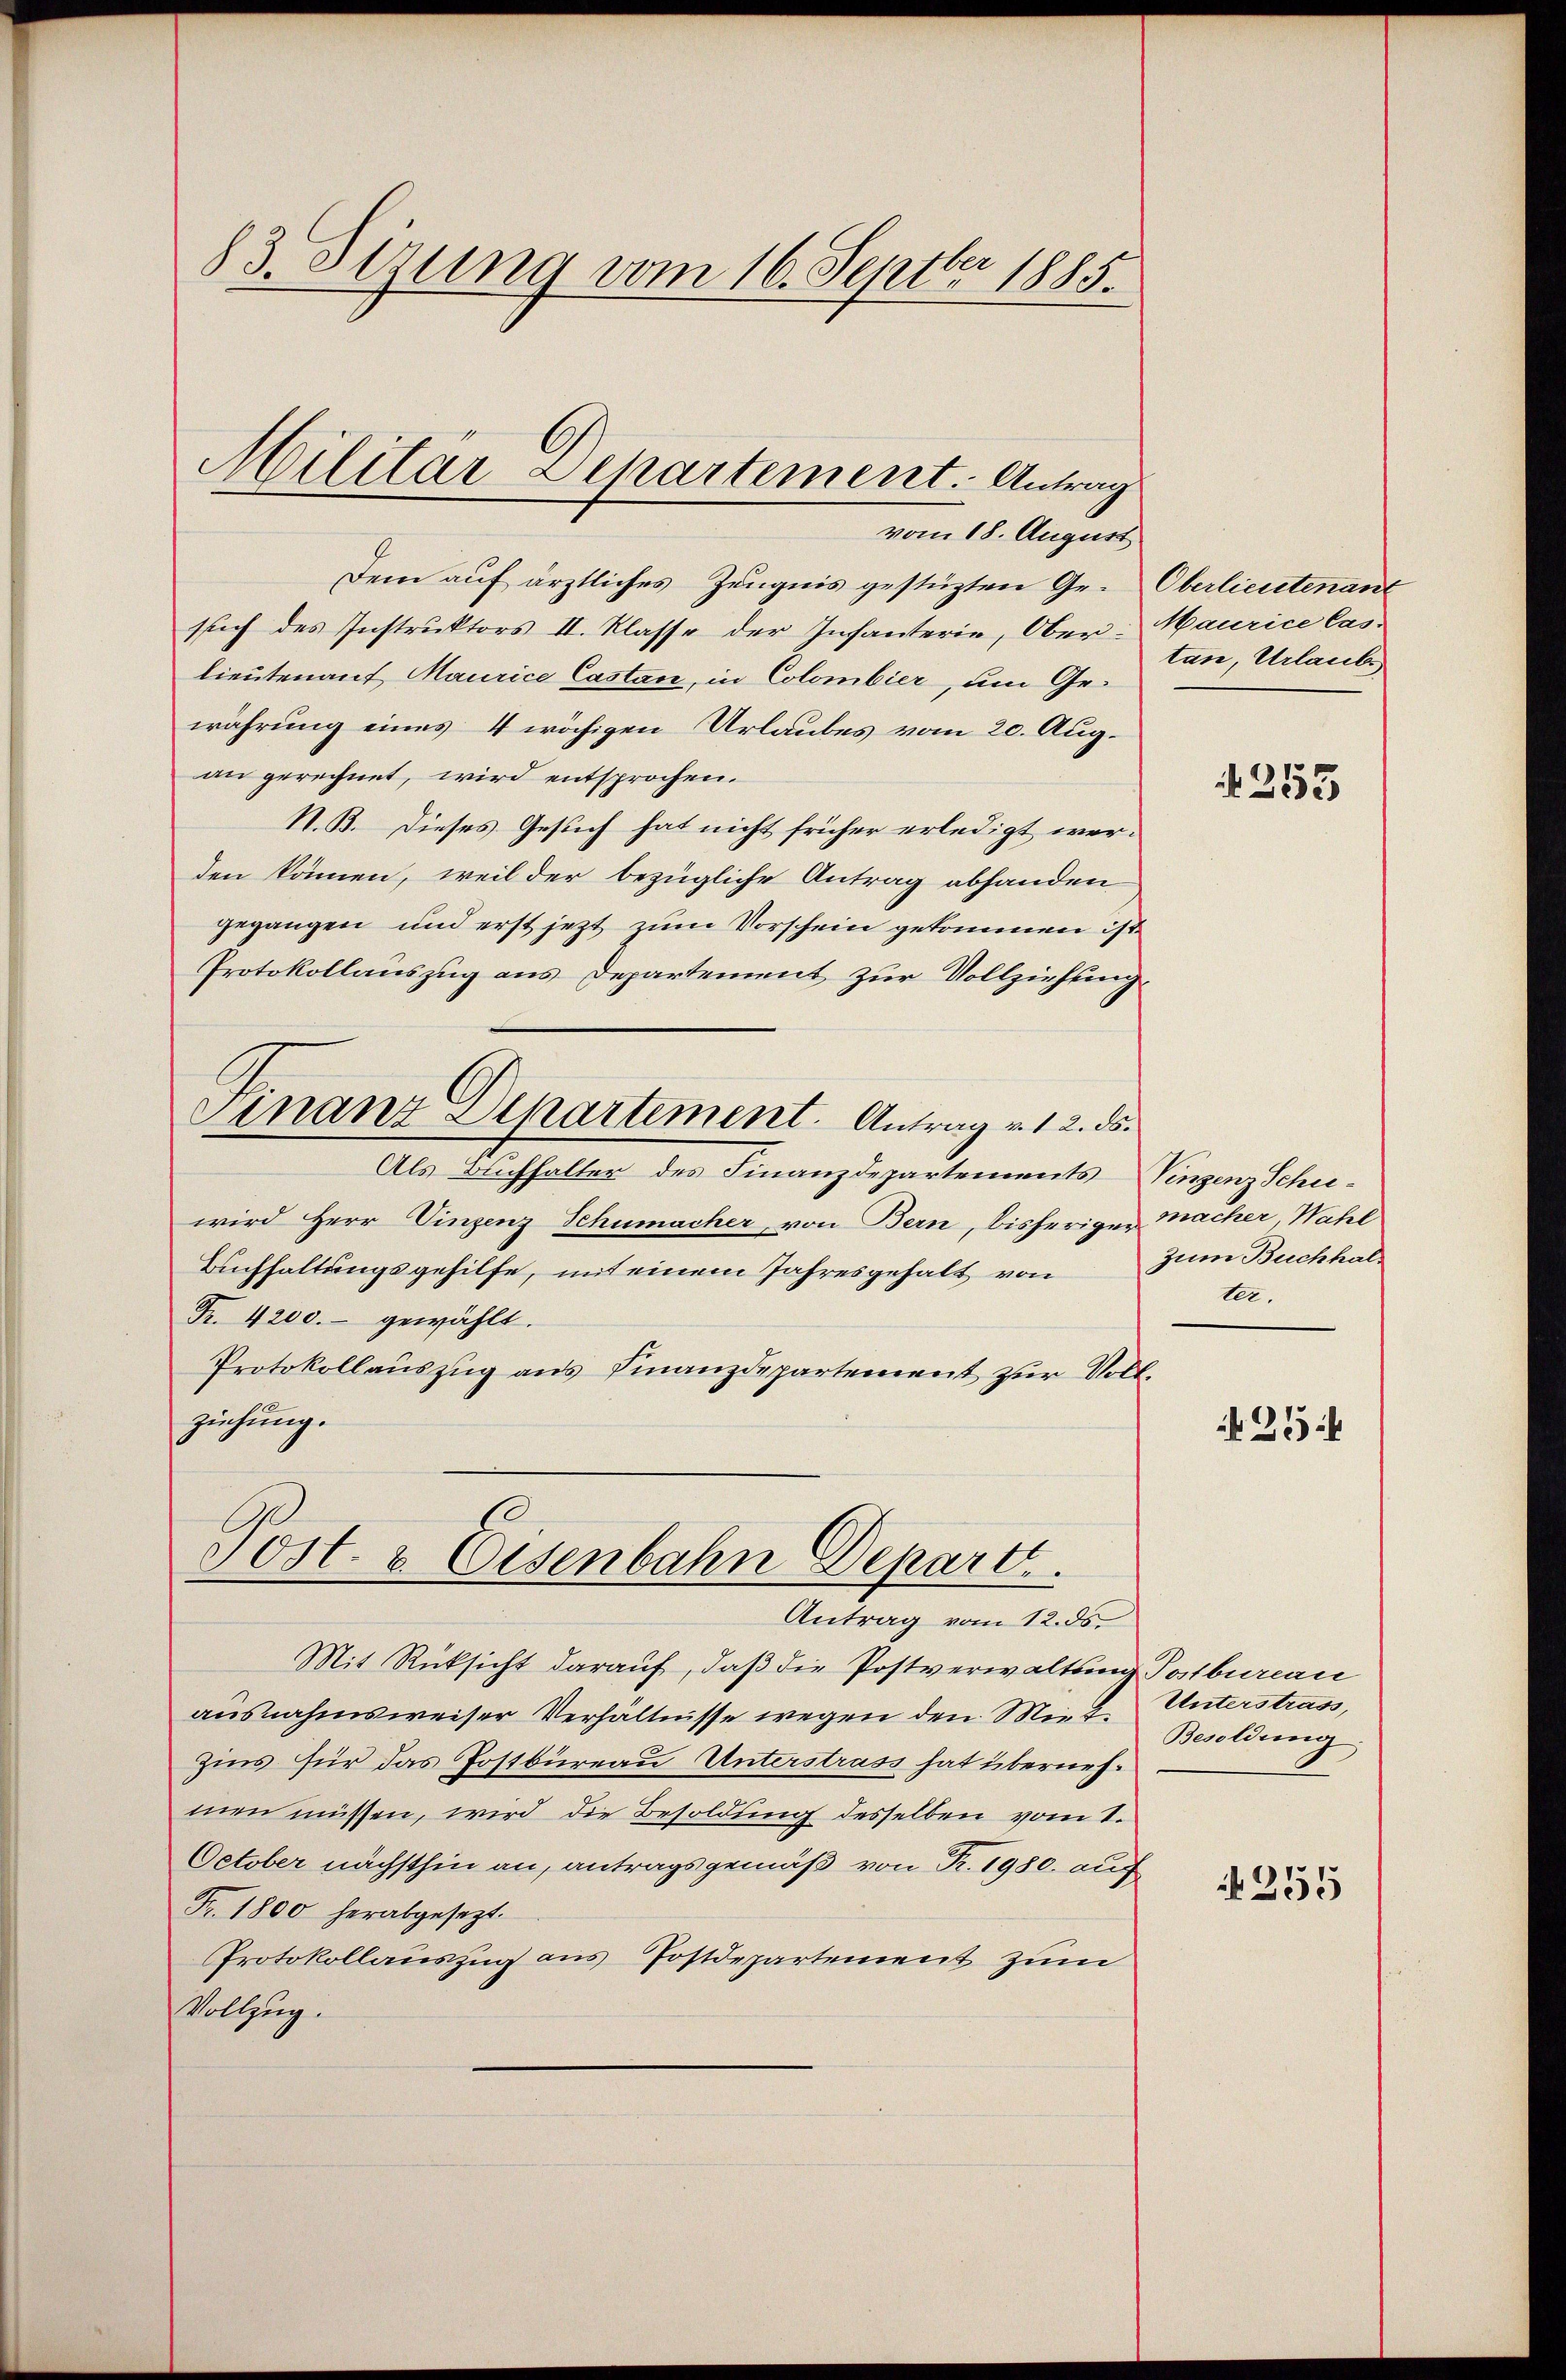
83. Sezung vom 16. Septbr 1885.

vom 18. August.
Dem auf ärztliches Zeugnis gestüzten Ge-Oberlieutenant
ssich des Instruktors II. Klasse der Infanterie, Ober-Maurice Caslieutenauf Maurice Castan, in Colombier, um Gewährung eines 4 wächigen Urlaubes vom 20. Aug.
an gerechnet, wird entsprochen.
N. B. Dieses Gesuch hat nicht früher erledigt werden können, weil der bezügliche Antrag abhanden
gegangen und erst jezt zum Vorschein gekommen ist
Protokollauszug aus Departement zur Vollziehung
Finanz Dipartement. Antrag v. 12. ds.
Als Buchhalter des Finanzdepartements Vinzenz Schuwird Herr Vinzenz Schumacher, von Bern, bisherigen macher, Wahl
Buchhaltungsgehilfe, mit einem Jahresgehalt von
Fr. 4200.- gewählt.
Protokollauszug aus Finanzdepartement zur Voll-
ziehung.

Militar Separtement. Antrag

Post- & Eisenbahn Depart.

Antrag vom 12. ds.
Mit Rücksicht darauf, daβ die Postverwaltung Postbureau
ausnahmsweiser Verhältnisse wegen den Miet
Zins für das Postbüreau Unterstrass hat übernehmen müssen, wird die Besoldung desselben vom 1.
October nächsthin an, antragsgemäß von Fr. 1980. auf
Fr. 1800 herabgesezt.
Protokollauszug aus Postdepartement zum
Vollzug.

tan, Urlaube

N 353

zum Buchhalter.

4254

Unterstrass,
Besoldung.

1255